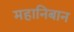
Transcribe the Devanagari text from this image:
महानिबान